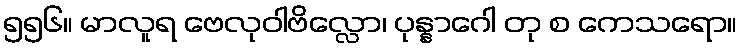
၅၅၆။ မာလူရ ဗေလုဝါဗိလ္လော၊ ပုန္နာဂေါ တု စ ကေသရော။